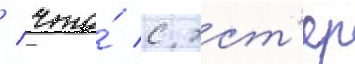
/ что́ с эст'ер